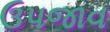
ઉપજાવ